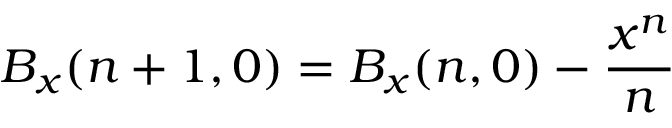
B _ { x } ( n + 1 , 0 ) = B _ { x } ( n , 0 ) - \frac { x ^ { n } } { n }